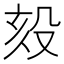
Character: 㱾